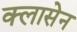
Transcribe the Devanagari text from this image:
क्लासेन